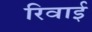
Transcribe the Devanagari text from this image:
रिवाई